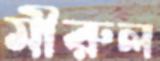
মীরুল